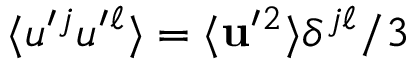
\langle { u ^ { \prime } { } ^ { j } u ^ { \prime } { } ^ { \ell } } \rangle = \langle { { \bf { u } } ^ { \prime } { } ^ { 2 } } \rangle \delta ^ { j \ell } / 3